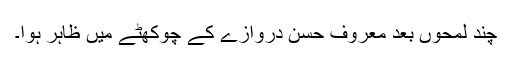
چند لمحوں بعد معروف حسن دروازے کے چوکھٹے میں ظاہر ہوا۔